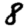
Digit: 8